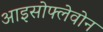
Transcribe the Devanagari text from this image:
आइसोफ्लेवोन